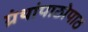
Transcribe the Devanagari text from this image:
ग्रंथांपाठोपाठ